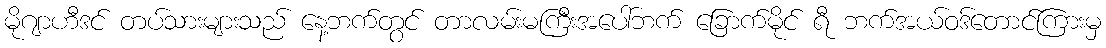
မိုဂျာဟီဒင် တပ်သားများသည် နေ့ဘက်တွင် တာလမ်းမကြီးအပေါ်ဘက် ခြောက်မိုင် ရီ ဘက်အယ်ဝဒ်တောင်ကြားမှ